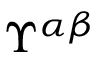
\Upsilon ^ { \alpha \beta }